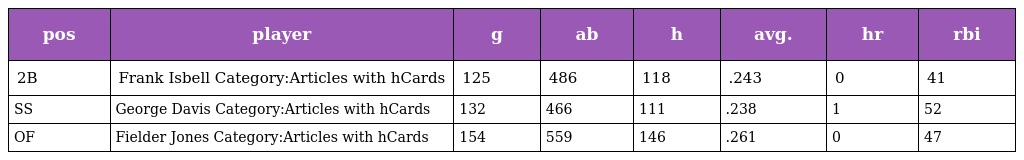
| pos | player | g | ab | h | avg. | hr | rbi |
 | --- | --- | --- | --- | --- | --- | --- | --- |
 | 2B | Frank Isbell Category:Articles with hCards | 125 | 486 | 118 | .243 | 0 | 41 |
 | SS | George Davis Category:Articles with hCards | 132 | 466 | 111 | .238 | 1 | 52 |
 | OF | Fielder Jones Category:Articles with hCards | 154 | 559 | 146 | .261 | 0 | 47 |